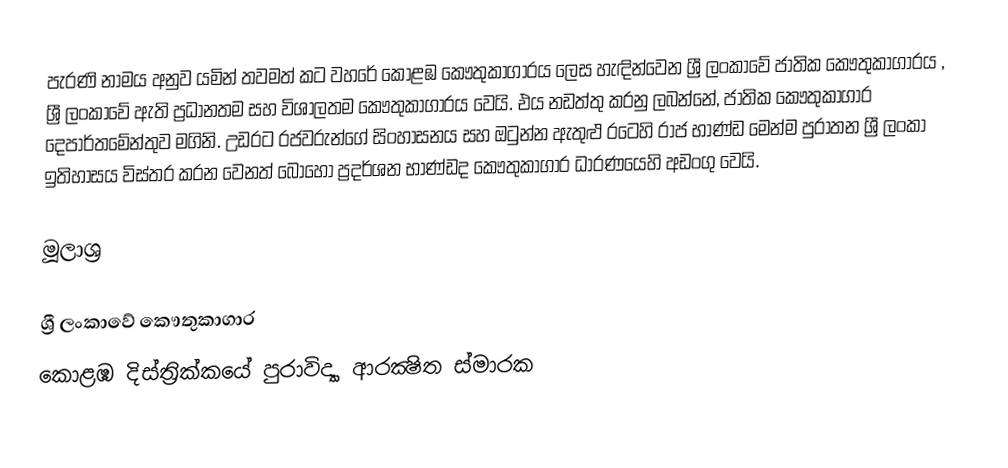
පැරණි නාමය අනුව යමින් තවමත් කට වහරේ කොළඹ කෞතුකාගාරය ලෙස හැඳින්වෙන ශ්‍රී ලංකාවේ ජාතික කෞතුකාගාරය , ශ්‍රී ලංකාවේ ඇති ප්‍රධානතම සහ විශාලතම කෞතුකාගාරය වෙයි. එය නඩත්තු කරනු ලබන්නේ, ජාතික කෞතුකාගාර දෙපාර්තමේන්තුව මගිනි.   උඩරට රජවරුන්ගේ සිංහාසනය සහ ඔටුන්න ඇතුළු රටෙහි රාජ භාණ්ඩ මෙන්ම පුරාතන ශ්‍රී ලංකා ඉතිහාසය  විස්තර කරන වෙනත් බොහෝ ප්‍රදර්ශන භාණ්ඩද කෞතුකාගාර ධාරණයෙහි අඩංගු වෙයි.

මූලාශ්‍ර

ශ්‍රී ලංකාවේ කෞතුකාගාර
කොළඹ දිස්ත්‍රික්කයේ පුරාවිද්‍යා ආරක්‍ෂිත ස්මාරක